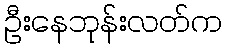
ဦးနေဘုန်းလတ်က